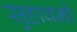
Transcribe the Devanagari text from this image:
सुहावनो